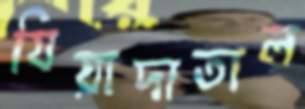
যিয়াদাতাল